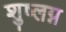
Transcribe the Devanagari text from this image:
शुष्लग्न